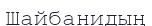
Шайбанидың